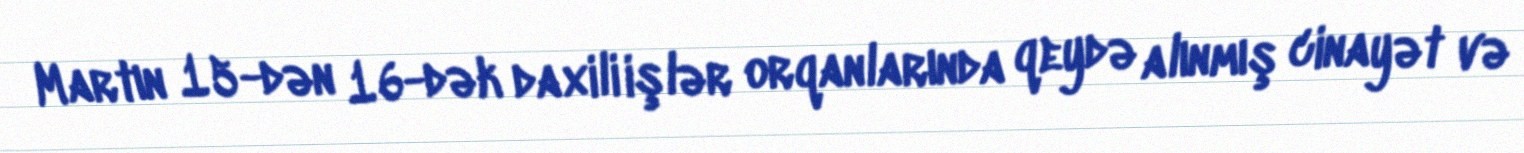
Martın 15-dən 16-dək daxili işlər orqanlarında qeydə alınmış cinayət və